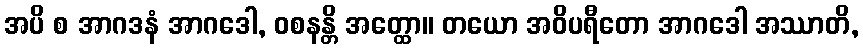
အပိ စ အာဂဒနံ အာဂဒေါ, ဝစနန္တိ အတ္ထော။ တယော အဝိပရီတော အာဂဒေါ အဿာတိ,